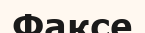
Факсе